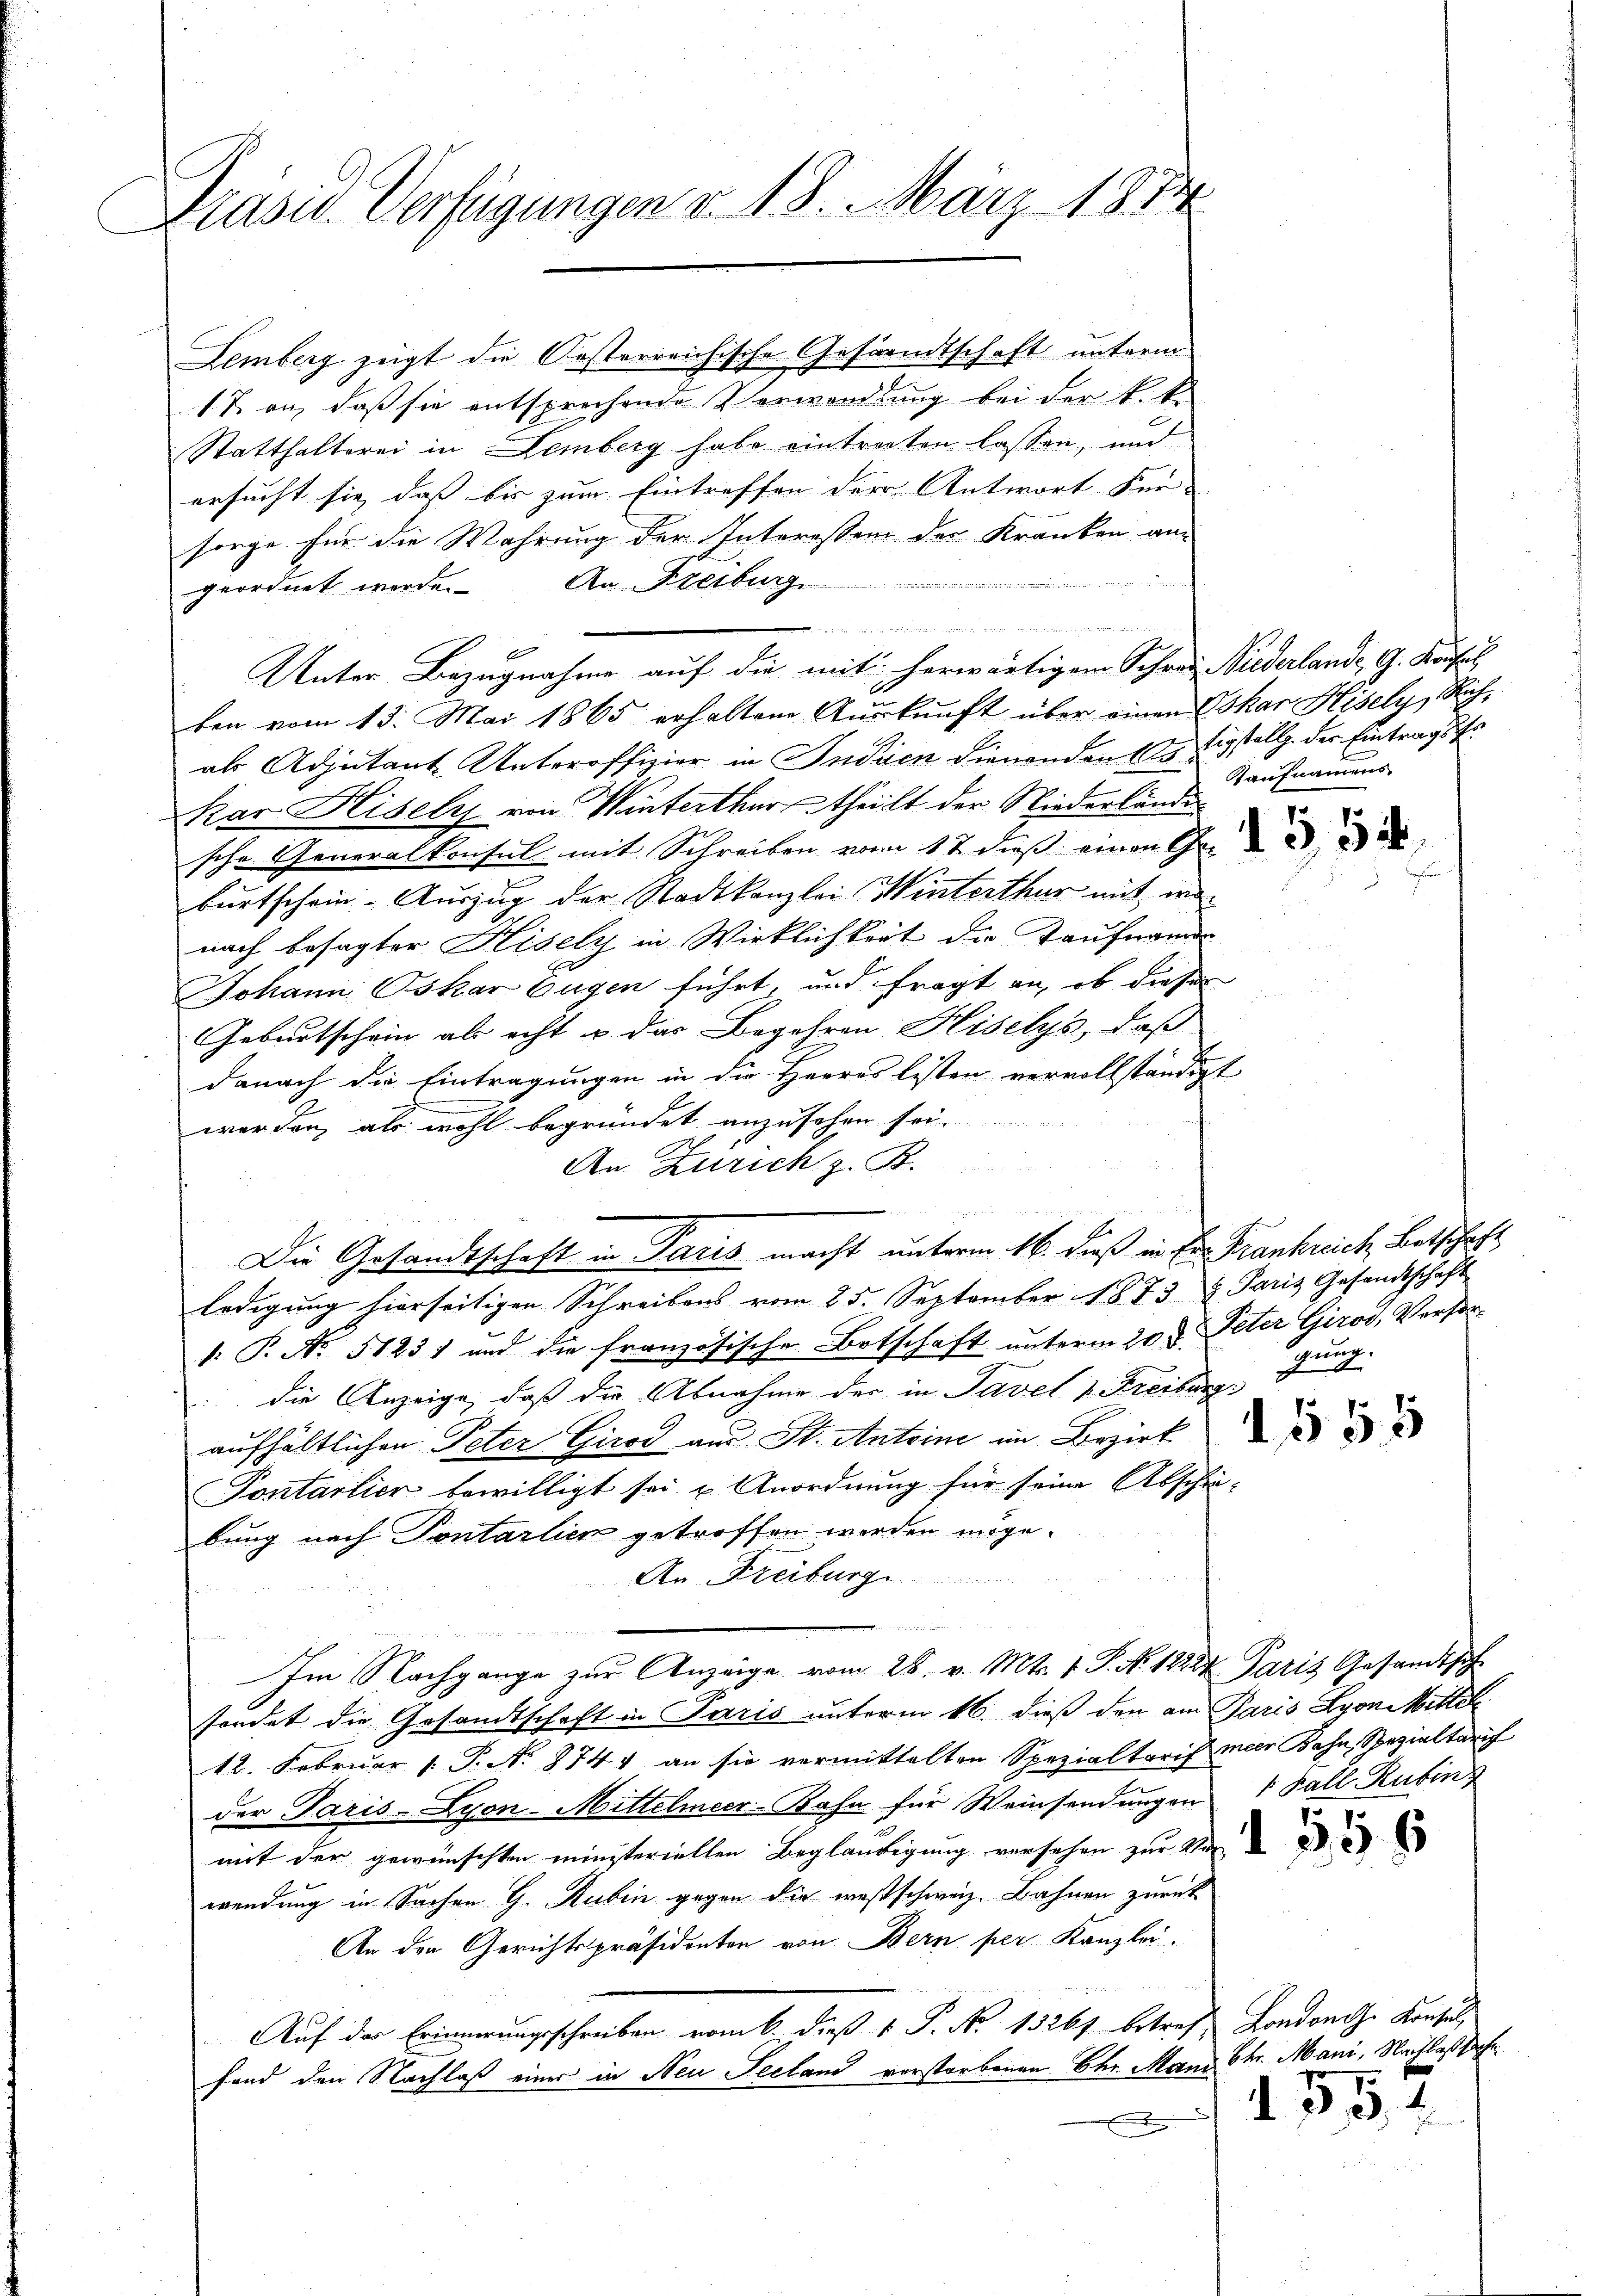
Präsid. Verfügungen v. 18. März 1874

Lemberg zeigt die Kosterreichische Gesandtschaft unterm
1 T. an, daß sie entsprechende Verwandlung bei der k.k.
Statthalterei in Lemberg habe eintreiten lassen, und
ersucht sie dass bis zum Eintreffen der Antwort Für- |
sorge für die Wahrung der Interessen der Kranken am
geordnet werde. An Freiburg
en
1
Unter Bezugnahme auf die mit herwärtigem Schrei Biederlande, G. Konsul
ben vom 13. Mai 1865 erhaltene Aŭskŭnft über einen Oskar Hisely, Rich-
als Adjutant Unteroffizier in Indien dienenden Bestigstellg. der Eintragskr
Kar Hisely von Winterthurtheilt der Niederländer
sche Generalkonsul mit Schreiben vom 12 dieß einen Gene
burtschein-Auszug der Stadtkanzlei Winterthur mit wenach besagter Hisely in Wirklichkeit die Taufname
Johann Oskar Eugen führt, und fragt an, ob dieser
Geburtschein als acht u. das Begehren Hiselys, daß
danach die Eintragungen in die Herres Listen vervollständigt
worden, als wohl begründet anzusehen sei.
An Zürich z. B.
n
Die Gesandtschaft in Paris macht unterm 16. dieß in Er. Frankreich Botschaft
ledigung hierseitigen Schreibens vom 25. September 1873 u. Paris Gesandtschaft
: P. No 51231 und die französische Botschaft unterm 20t Peter Girod, Versor
die Anzeige, daß die Abnahme der in Tavel & Freiburg
aufhältlichen Peter Girod aus St. Antoine im Bezirk
Pontarlier bewilligt sei u Anordnung für seine Abschei-
bung nach Pontarlien getroffen werden möge.
An Freiburg
Im Nachgange zŭr Anzeige vom 28. v. Mts. 1 P. No. 1222 Paris Gesandtsch
sondet die Gesandtschaft in Paris unterm 16. dieß den am Paris Lyon Mittel
12. Februar 1. P. N. 274 an sie vermittelten Spezialtarif meir Bahn, Spezialtarif
der Paris-Lyon-Mittelmeer-Bahn für Weinsendungen 1 Fall Rubin
mit der gewünschten ministeriellen Begländigung versehen zur Ve
wendung in Sachen G. Rubin gegen die westschweiz. Bahnen zurück
An der Gerichtspräsidenten von Bern per Kanzlei.
Auf der Erinnerungsschreiben vom 6. dieß v. P. No 13261 betref Londonese Konsul,
fand den Nachlaß einer in Neu Seeland verstorbenen Chr. Mann Chr. Mani, Nachlaßsache

i

Kaufnamens

p

Bung.

2
155